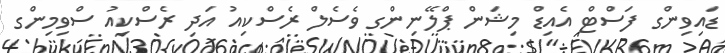
ޑައިވިންގ ފަސްޓް އެއިޑް މިޝަން ޕްލޭނިންގ ވެސެލް ރެސްކިއު އަދި ރެސްކިއު ސްވިމިންގ